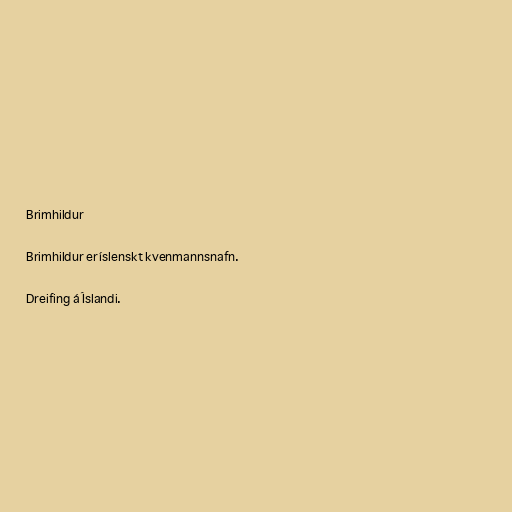
Brimhildur

Brimhildur er íslenskt kvenmannsnafn.

Dreifing á Íslandi.